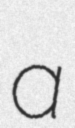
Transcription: a